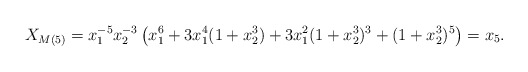
\begin{align*}X_{M(5)} = x_1^{-5}x_2^{-3} \left( x_1^6 + 3x_1^4(1+ x_2^3) + 3x_1^2(1 + x_2^3)^3 + (1 + x_2^3)^5 \right) = x_5.\end{align*}